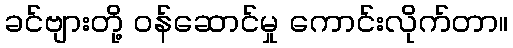
ခင်ဗျားတို့ ဝန်ဆောင်မှု ကောင်းလိုက်တာ။